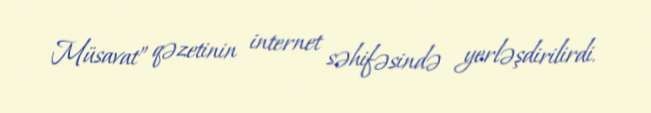
Müsavat” qəzetinin internet səhifəsində yerləşdirilirdi.